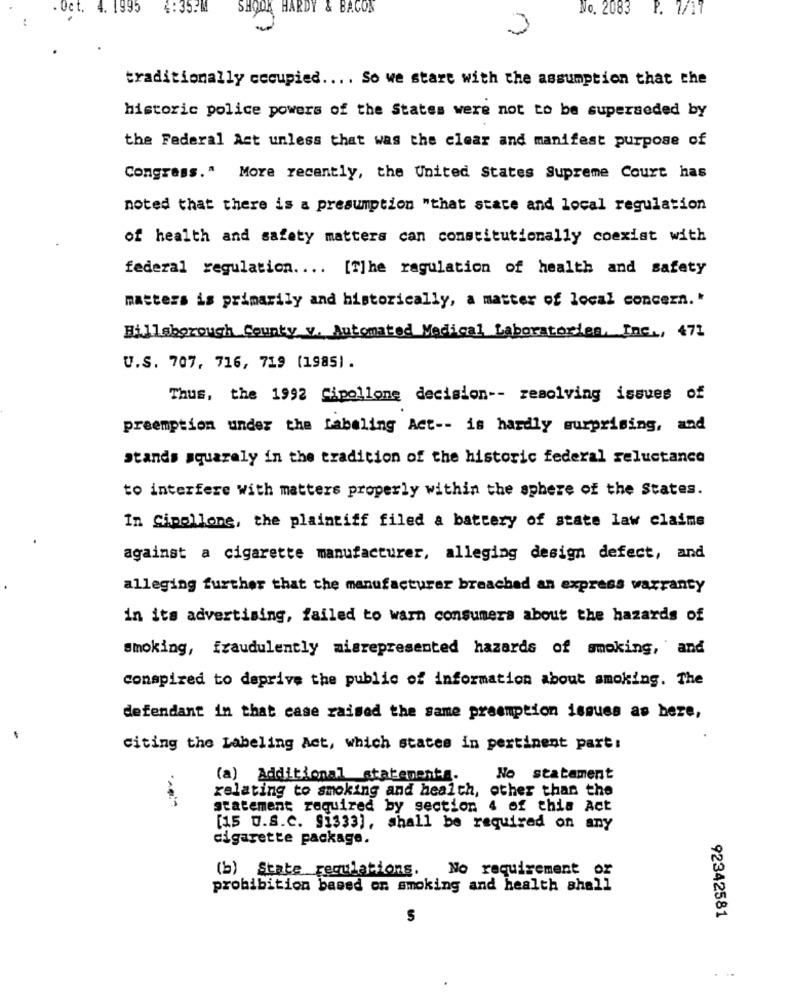
ct.
4.
SHOCK HARDY & BACON
No. 2083 P. 7/17
traditionally cccupied .... So we stare with the assumption that the
historic police powers of the States were not to be superseded by
the Federal Act unless that was the clear and manifest purpose of
Congress." More recently, the United States Supreme Court has
noted that there is a presumption "that state and local regulation
of health and safety matters can constitutionally coexist with
federal regulation .... [T]he regulation of health and safety
masters is primarily and historically, a matter of local concern."
Hillsborough County v. Automated Medical Laboratories, Inc ., 471
U.S. 707, 716, 719 (1985) .
Thus, the 1992 Cipollone decision -- resolving issues of
preemption under the Labeling Act -- is hardly surprising, and
stands squarely in the tradition of the historic federal reluctance
to interfere with matters properly within the sphere of the States.
In Cipollone, the plaintiff filed a battery of state law claims
against a cigarette manufacturer, alleging design defect, and
alleging further that the manufacturer breached an express warranty
in its advertising, failed to warn consumers about the hazards of
smoking, fraudulently misrepresented hazards of smoking, and
conspired to deprive the public of information about smoking. The
defendant in that case raised the same preemption issues as here,
citing the Labeling Act, which states in pertinent part:
(a) Additional statementa.
No statement
relating to smoking and health, other than the
statement required by section 4 of this Act
[15 U.S.c. Si333], shall be required on any
cigarette package.
(b) State regulations. No requirement or
probibition based on smoking and health shall
S
92342581